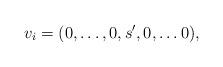
LaTeX: \begin{align*}v_i = (0,\dots,0,s^\prime,0,\dots 0),\end{align*}